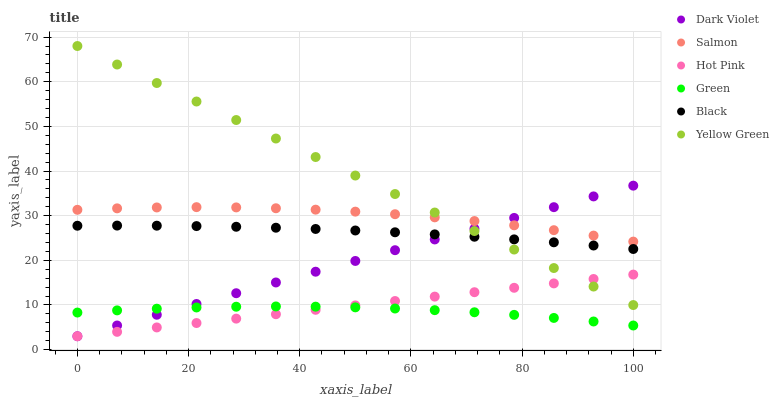
| xaxis_label | Dark Violet | Salmon | Hot Pink | Green | Black | Yellow Green |
 | --- | --- | --- | --- | --- | --- | --- |
 | 0 | 3 | 31.3 | 3 | 8.31 | 27.7 | 68 |
 | 7.14 | 5.41 | 31.6 | 3.99 | 8.79 | 27.8 | 63.9 |
 | 14.3 | 7.82 | 31.8 | 4.97 | 9.17 | 27.8 | 59.7 |
 | 21.4 | 10.2 | 31.9 | 5.96 | 9.45 | 27.7 | 55.6 |
 | 28.6 | 12.6 | 31.9 | 6.95 | 9.61 | 27.5 | 51.4 |
 | 35.7 | 15 | 31.7 | 7.93 | 9.67 | 27.3 | 47.3 |
 | 42.9 | 17.5 | 31.3 | 8.92 | 9.63 | 27 | 43.1 |
 | 50 | 19.9 | 30.9 | 9.91 | 9.47 | 26.7 | 39 |
 | 57.1 | 22.3 | 30.3 | 10.9 | 9.21 | 26.3 | 34.9 |
 | 64.3 | 24.7 | 29.6 | 11.9 | 8.85 | 25.8 | 30.7 |
 | 71.4 | 27.1 | 28.8 | 12.9 | 8.37 | 25.3 | 26.6 |
 | 78.6 | 29.5 | 27.8 | 13.9 | 7.79 | 24.7 | 22.4 |
 | 85.7 | 31.9 | 26.8 | 14.8 | 7.1 | 24 | 18.3 |
 | 92.9 | 34.3 | 25.5 | 15.8 | 6.31 | 23.3 | 14.1 |
 | 100 | 36.7 | 24.2 | 16.8 | 5.41 | 22.5 | 9.99 |